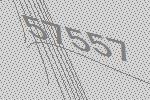
57557